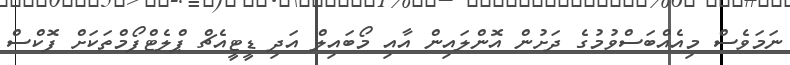
ނަމަވެސް މިއެއްބަސްވުމުގެ ދަށުން އޮންލައިން އާއި މޯބައިލް އަދި ޑީޓީއެޗް ޕްލެޓްފޯމްތަކަށް ފޮކްސް